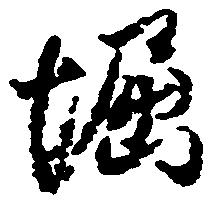
堀